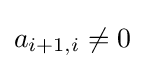
a_{i+1,i}\neq 0